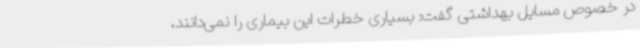
در خصوص مسایل بهداشتی گفت: بسیاری خطرات این بیماری را نمی‌دانند،